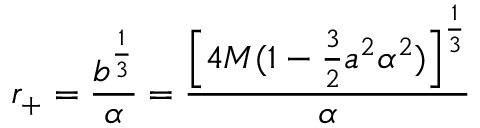
r _ { + } = \frac { b ^ { \frac 1 3 } } { \alpha } = \frac { \left\lbrack 4 M ( 1 - \frac 3 2 a ^ { 2 } \alpha ^ { 2 } ) \right\rbrack ^ { \frac 1 3 } } { \alpha }